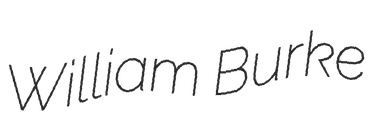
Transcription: William Burke